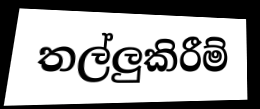
තල්ලුකිරීම්